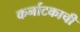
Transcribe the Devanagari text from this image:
कर्नाटकाची